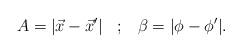
LaTeX: \begin{align*}A=|\vec{x}-\vec{x}'| \;\;\;;\;\;\; \beta=|\phi-\phi'|.\end{align*}